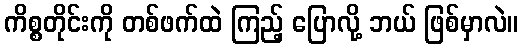
ကိစ္စတိုင်းကို တစ်ဖက်ထဲ ကြည့် ပြောလို့ ဘယ် ဖြစ်မှာလဲ။